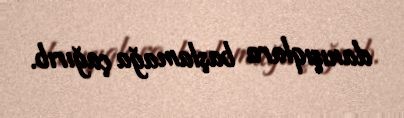
danışıqlara başlamağa çağırıb.